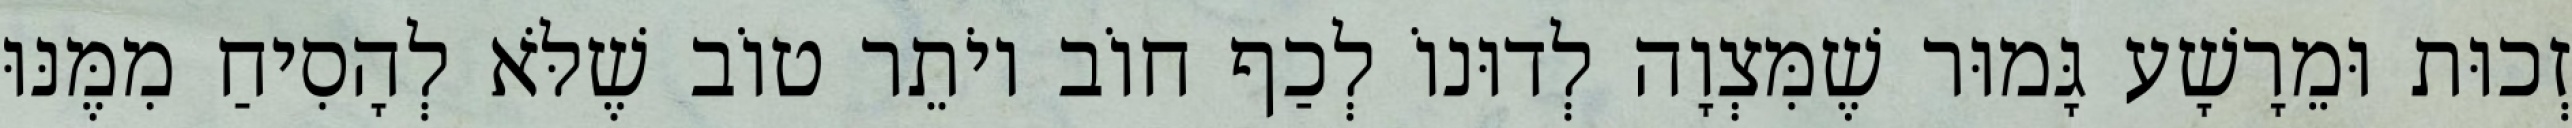
זְכוּת וּמֵרָשָׁע גָּמוּר שֶׁמִּצְוָה לְדוּנוֹ לְכַף חוֹב יוֹתֵר טוֹב שֶׁלֹּא לְהָסִיחַ מִמֶּנּוּ